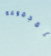
للمجموعة